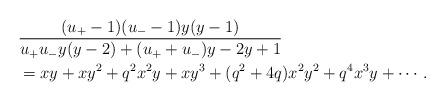
LaTeX: \begin{align*}&\frac{(u_+-1)(u_--1)y(y-1)}{u_+u_-y(y-2)+(u_++u_-)y-2y+1}\\&=xy+xy^2+q^2x^2y+xy^3+( q^2+4q)x^2y^2+q^4x^3y+\cdots.\end{align*}